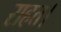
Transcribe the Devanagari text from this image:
राहत।